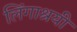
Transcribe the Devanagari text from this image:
लिंगाश्रयी